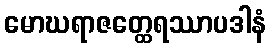
မောဃရာဇတ္ထေရဿာပဒါနံ